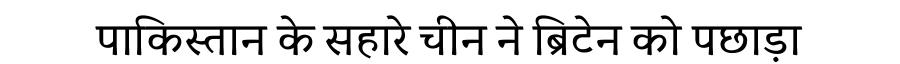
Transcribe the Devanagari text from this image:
पाकिस्तान के सहारे चीन ने ब्रिटेन को पछाड़ा